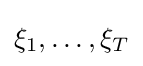
\xi _{1},\dots ,\xi _{T}